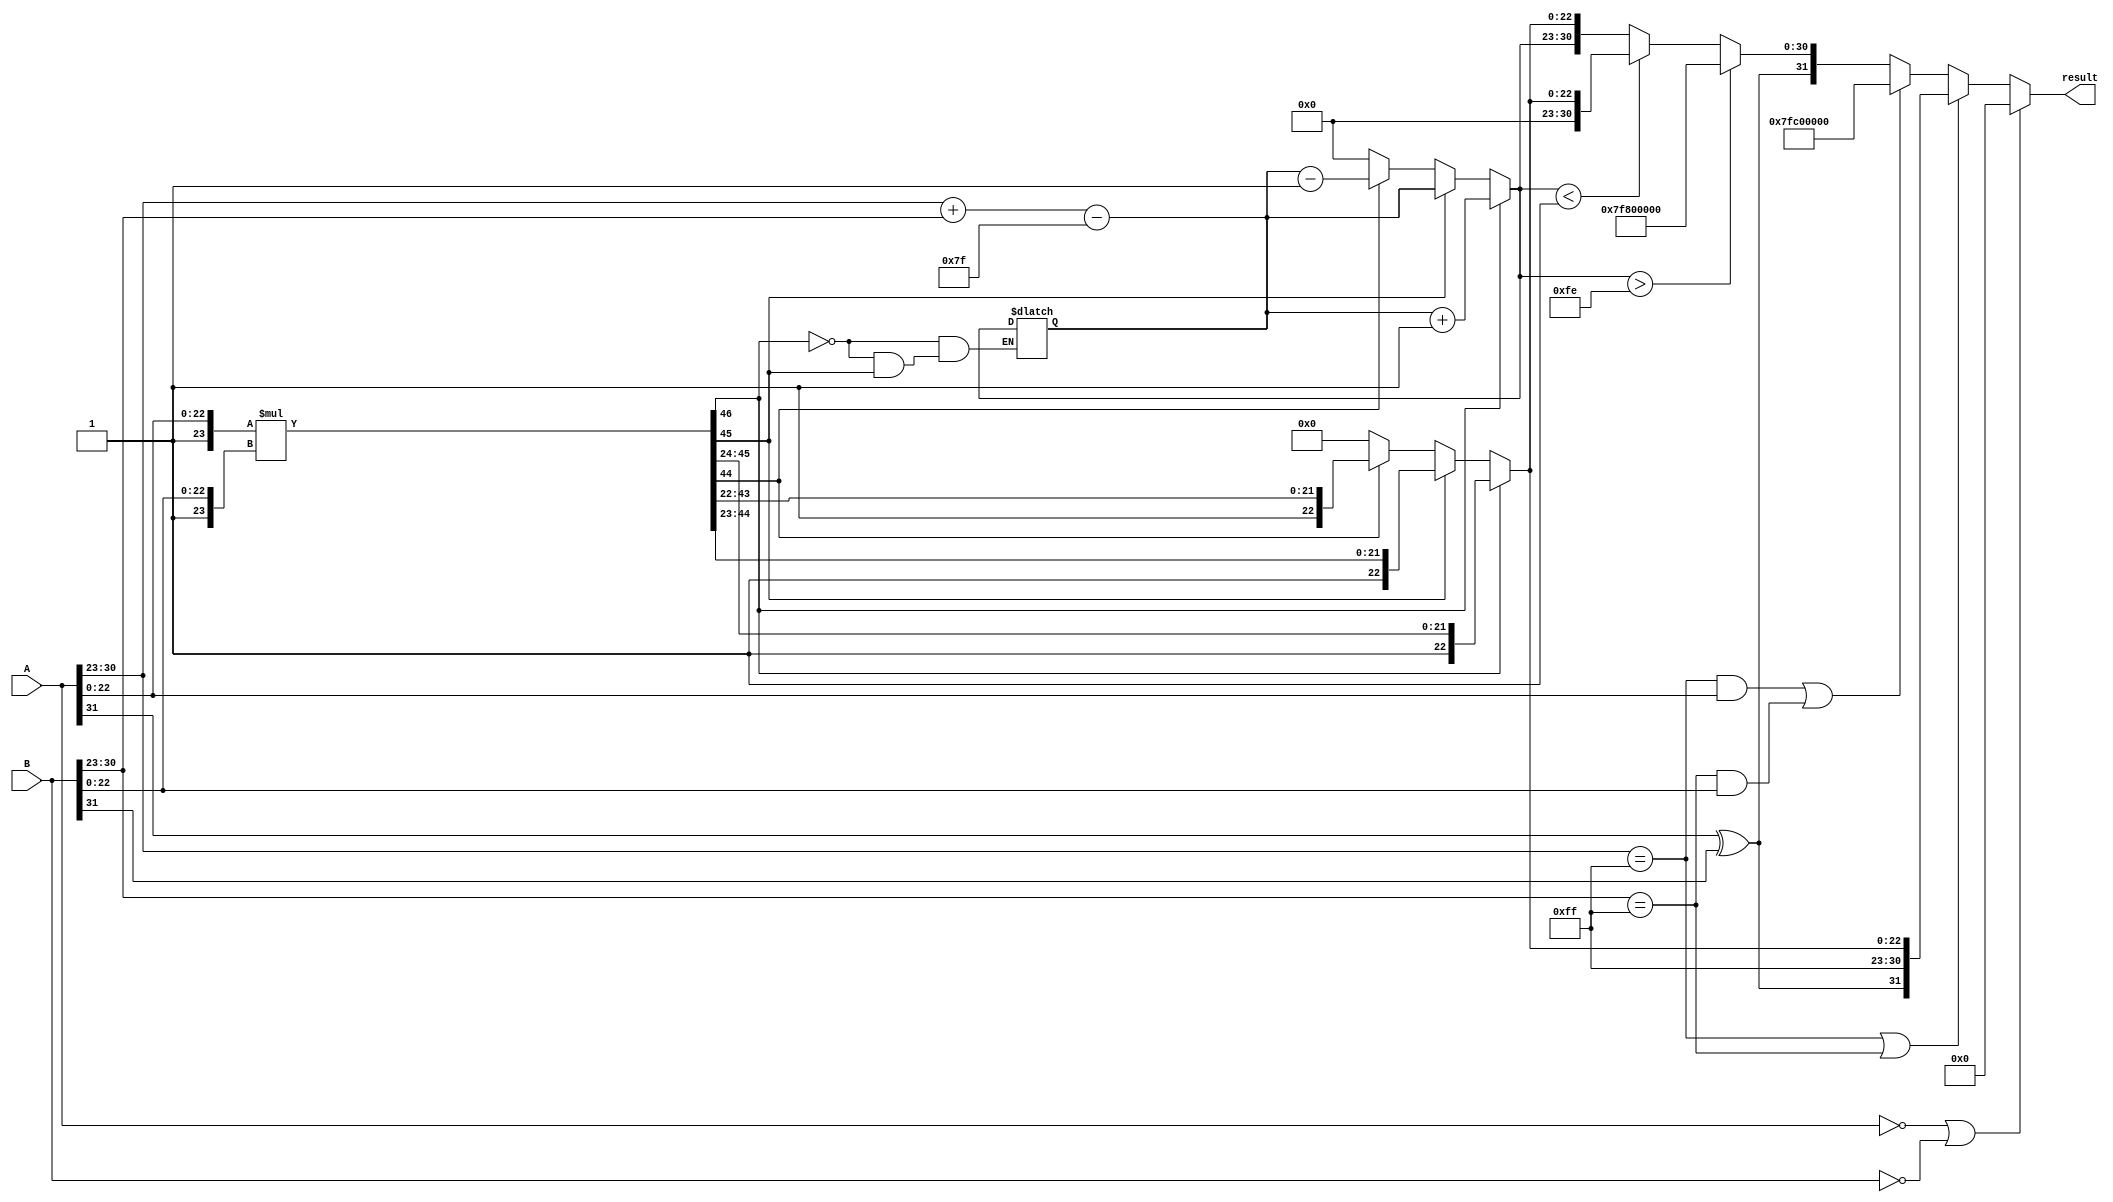
module floating_point_multiplier (
    input [31:0] A,
    input [31:0] B,
    output reg [31:0] result
);

    // Signals for the sign, exponent, and mantissa
    wire sign_A = A[31];
    wire sign_B = B[31];
    
    wire [7:0] exp_A = A[30:23];
    wire [7:0] exp_B = B[30:23];
    
    wire [22:0] mant_A = A[22:0];
    wire [22:0] mant_B = B[22:0];
    
    // Intermediate signals
    wire sign_result;
    reg [7:0] exp_result;
    wire [46:0] mant_result;
    reg [22:0] mant_final;
    
    // Calculate sign result
    assign sign_result = sign_A ^ sign_B;

    // Perform sign handling for mantissa (adding implicit leading 1)
    wire [23:0] mant_A_full = {1'b1, mant_A};  // Adding implicit leading 1
    wire [23:0] mant_B_full = {1'b1, mant_B};  // Adding implicit leading 1

    // Mantissa multiplication
    assign mant_result = mant_A_full * mant_B_full; // 24x24 = 48 bits

    // Exponent calculation
    always @* begin
        exp_result = exp_A + exp_B - 8'd127; // bias subtraction
    end

    // Normalize the mantissa
    always @* begin
        mant_final = mant_result[46:24]; // Take the most significant bits (24 bits)
        
        // Handle normalization
        if (mant_result[46]) begin
            // If the leading bit is 1, no shift needed
            mant_final = mant_result[46:24];
            exp_result = exp_result + 8'd1; // Increment exponent
        end else if (mant_result[45]) begin
            // If the second leading bit is 1, shift right by 1
            mant_final = mant_result[45:23];
            exp_result = exp_result; // No change on exponent
        end else if (mant_result[44]) begin
            // Shift twice for leading bit 1
            mant_final = mant_result[44:22];
            exp_result = exp_result - 8'd1; // Decrement exponent
        end else begin
            // Denormalized or zero case
            mant_final = 0;
            exp_result = 0;
        end
        
        // Special case handling
        if (A == 32'd0 || B == 32'd0) begin
            // If either input is zero, the result is zero
            result = 32'd0;
        end else if (exp_A == 8'hFF || exp_B == 8'hFF) begin
            // If either is infinity
            result = {sign_result, 8'hFF, mant_final}; // Return infinity with result sign
        end else if ((exp_A == 8'hFF && mant_A) || (exp_B == 8'hFF && mant_B)) begin
            // If either is NaN
            result = 32'h7FC00000; // Return NaN
        end else if (exp_result > 8'hFE) begin
            // Overflow case: Result too large, return infinity
            result = {sign_result, 8'hFF, 23'b0};
        end else if (exp_result < 8'd1) begin
            // Underflow case: Return denormalized result or zero
            result = {sign_result, 8'b0, mant_final[22:0]};
        end else begin
            // Assemble final output
            result = {sign_result, exp_result, mant_final[22:0]};
        end
    end

endmodule